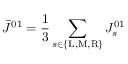
\bar { J } ^ { 0 1 } = \frac { 1 } { 3 } \sum _ { s \in \{ \mathrm { L } , \mathrm { M } , \mathrm { R } \} } J _ { s } ^ { 0 1 }